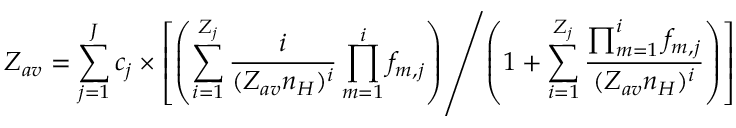
Z _ { a v } = \sum _ { j = 1 } ^ { J } c _ { j } \times \left[ \left( \sum _ { i = 1 } ^ { Z _ { j } } \frac { i } { ( Z _ { a v } n _ { H } ) ^ { i } } \prod _ { m = 1 } ^ { i } f _ { m , j } \right) \middle / \left( 1 + \sum _ { i = 1 } ^ { Z _ { j } } \frac { \prod _ { m = 1 } ^ { i } f _ { m , j } } { ( Z _ { a v } n _ { H } ) ^ { i } } \right) \right]